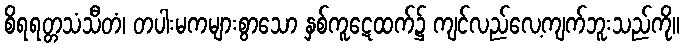
စိရရတ္တသံသီတံ၊ တပါးမကများစွာသော နှစ်ကူဋေထက်၌ ကျင်လည်လေ့ကျက်ဘူးသည်ကို။